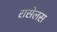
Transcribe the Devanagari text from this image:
रासेलस